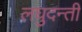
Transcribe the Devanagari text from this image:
लघुदन्ती